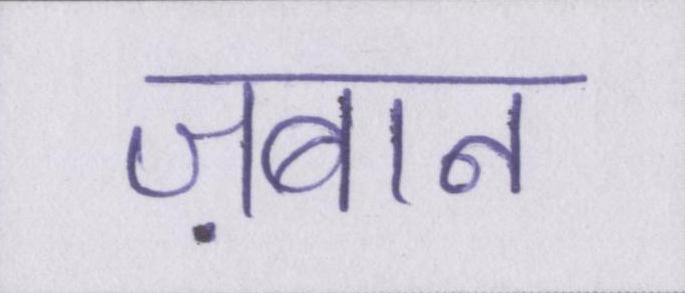
ज़बान